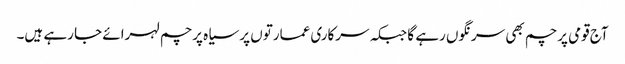
آج قومی پرچم بھی سرنگوں رہے گا جبکہ سرکاری عمارتوں پر سیاہ پرچم لہرائے جا رہے ہیں۔